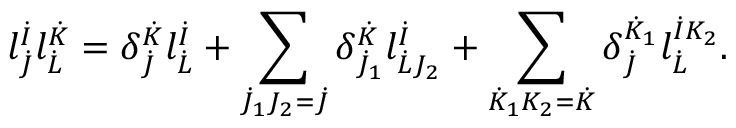
l _ { \dot { J } } ^ { \dot { I } } l _ { \dot { L } } ^ { \dot { K } } = \delta _ { \dot { J } } ^ { \dot { K } } l _ { \dot { L } } ^ { \dot { I } } + \sum _ { \dot { J } _ { 1 } J _ { 2 } = \dot { J } } \delta _ { \dot { J } _ { 1 } } ^ { \dot { K } } l _ { \dot { L } J _ { 2 } } ^ { \dot { I } } + \sum _ { \dot { K } _ { 1 } K _ { 2 } = \dot { K } } \delta _ { \dot { J } } ^ { \dot { K } _ { 1 } } l _ { \dot { L } } ^ { \dot { I } K _ { 2 } } .